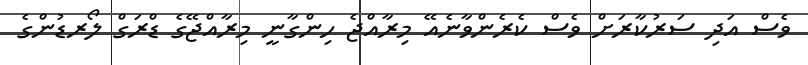
ވެސް އަދި ސަރުކާރަށް ވެސް ކެރެންވާނެއޭ މިރާއްޖެ ހިންގާނީ މިރާއްޖޭގެ ޑްރަގް ލޯރޑުންގެ